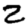
Digit: 2